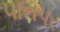
પાનપર